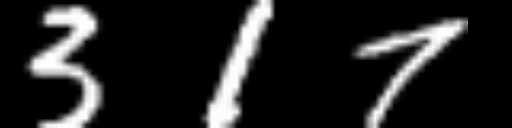
Text: 317